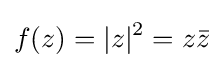
\textstyle f(z)=|z|{\vphantom {l}}^{2}=z{\bar {z}}